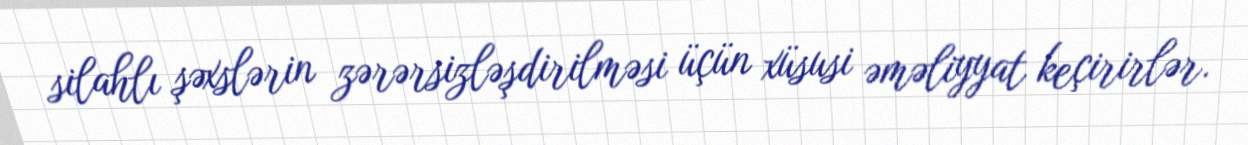
silahlı şəxslərin zərərsizləşdirilməsi üçün xüsusi əməliyyat keçirirlər.